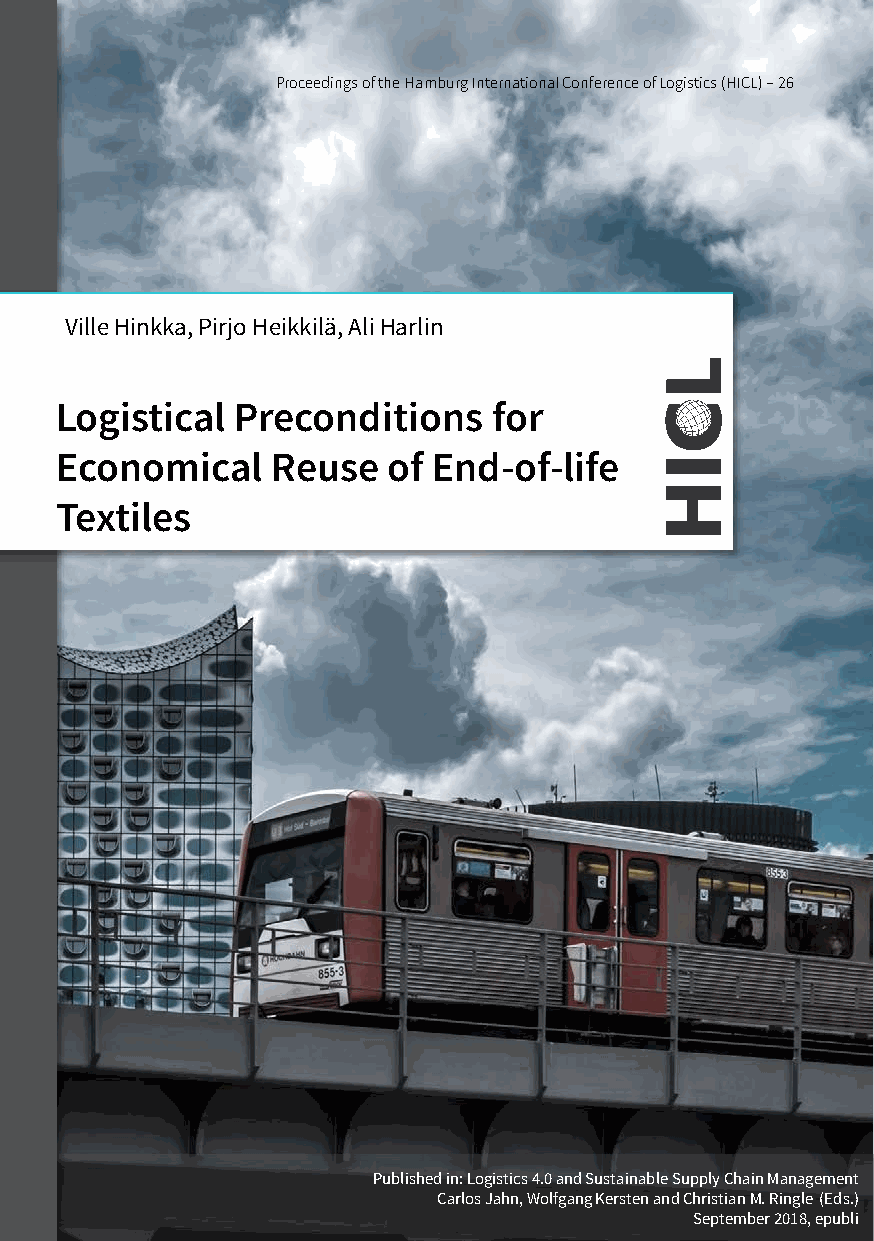
Proceedings of the Hamburg International Conference of Logistics (HICL) –26
 Ville Hinkka, Pirjo Heikkilä, Ali Harlin
 Logistical  Preconditions    for
 Economical    Reuse   of End-of-life
 Textiles
 Publishedin: Logistics 4.0 and Sustainable Supply Chain Management
 Carlos Jahn, Wolfgang Kersten andChristian M. Ringle (Eds.)
 September 2018, epubli